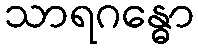
သာရဂန္ဓော